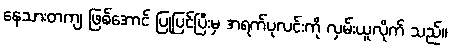
နေသားတကျ ဖြစ်အောင် ပြုပြင်ပြီးမှ အရက်ပုလင်းကို လှမ်းယူလိုက် သည်။